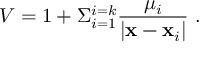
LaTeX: V = 1 + \Sigma _ { i = 1 } ^ { i = k } { \frac { \mu _ { i } } { | { \bf x } - { \bf x } _ { i } | } } \ .